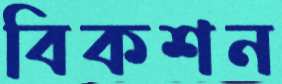
বিকশন